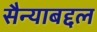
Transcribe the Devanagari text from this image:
सैन्याबद्दल